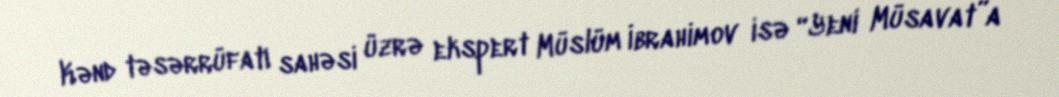
Kənd təsərrüfatı sahəsi üzrə ekspert Müslüm İbrahimov isə “Yeni Müsavat”a